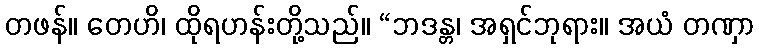
တဖန်။ တေဟိ၊ ထိုရဟန်းတို့သည်။ “ဘဒန္တ၊ အရှင်ဘုရား။ အယံ တဏှာ